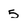
Character: 5